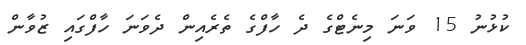
ކުޅުނު 15 ވަނަ މިނެޓްގެ ދެ ހާފްގެ ތެރެއިން ދެވަނަ ހާފްގައި ޒުވާން